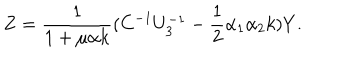
Z = { \frac { 1 } { 1 + \mu \alpha k } } ( C ^ { - 1 } U _ { 3 } ^ { - 1 } - { \frac { 1 } { 2 } } \alpha _ { 1 } \alpha _ { 2 } k ) Y .